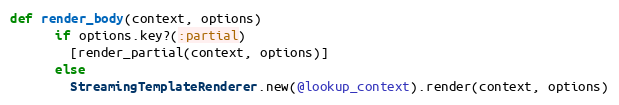
Language: Ruby
def render_body(context, options)
      if options.key?(:partial)
        [render_partial(context, options)]
      else
        StreamingTemplateRenderer.new(@lookup_context).render(context, options)